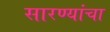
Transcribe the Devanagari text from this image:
सारण्यांचा